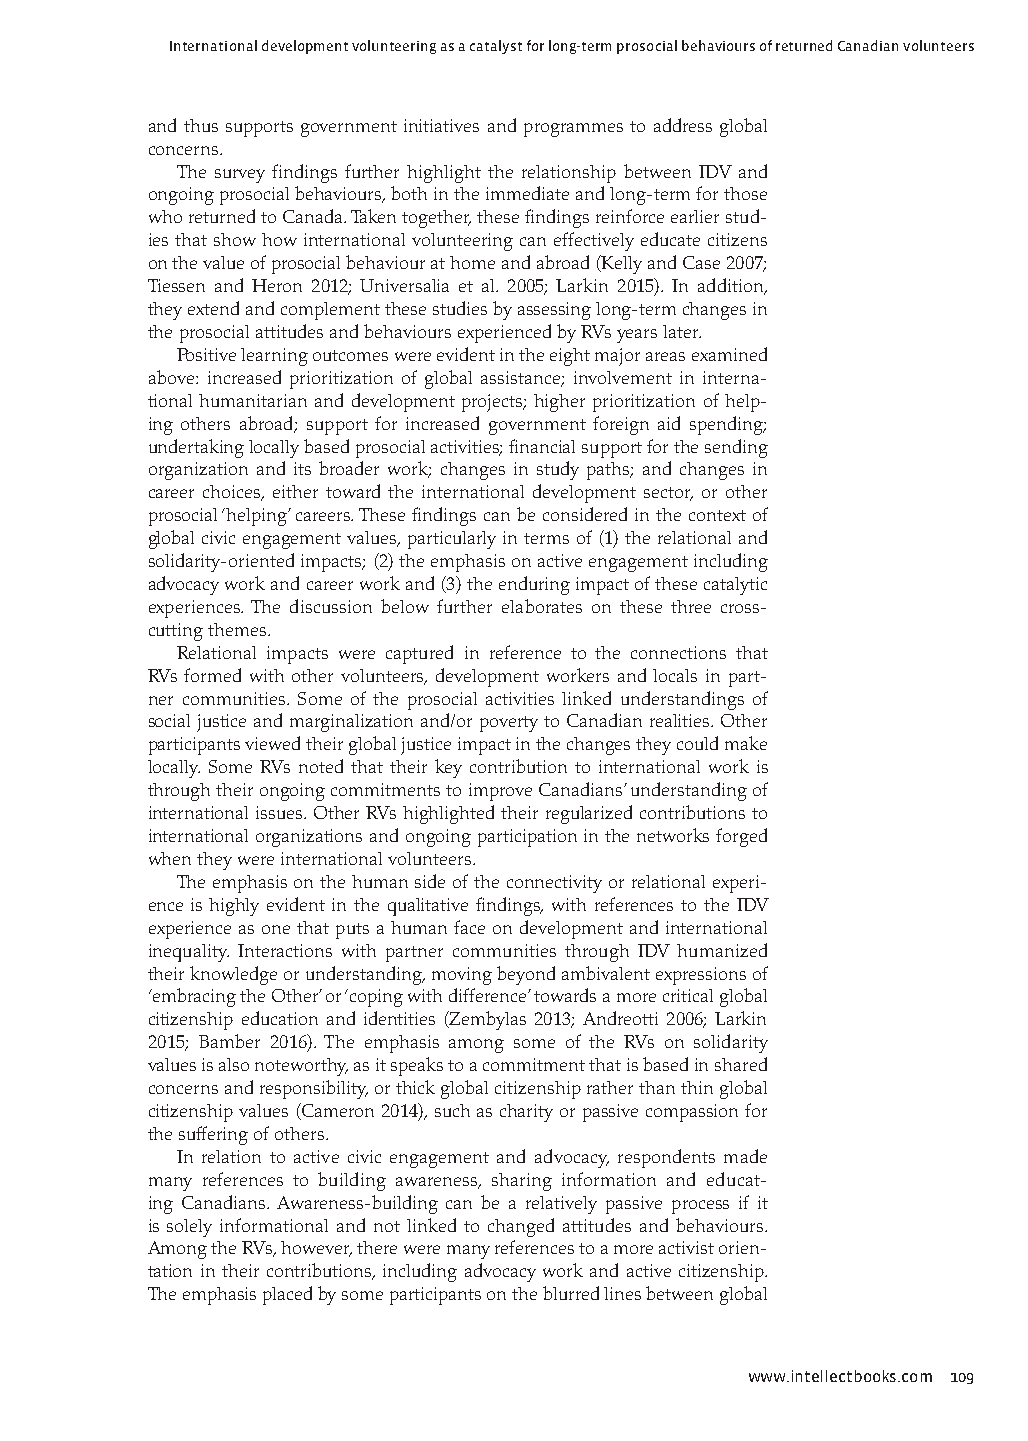
International development volunteering as a catalyst for long-term prosocial behaviours of returned Canadian volunteers
 and thus supports government initiatives and programmes to address global
 concerns.
 The survey findings further highlight the relationship between IDV and
 ongoing prosocial behaviours, both in the immediate and long-term for those
 who returned to Canada. Taken together, these findings reinforce earlier stud-
 ies that show how international volunteering can effectively educate citizens
 on the value of prosocial behaviour at home and abroad (Kelly and Case 2007;
 Tiessen and Heron 2012; Universalia et al. 2005; Larkin 2015). In addition,
 they extend and complement these studies by assessing long-term changes in
 the prosocial attitudes and behaviours experienced by RVs years later.
 Positive learning outcomes were evident in the eight major areas examined
 above: increased prioritization of global assistance; involvement in interna-
 tional humanitarian and development projects; higher prioritization of help-
 ing others abroad; support for increased government foreign aid spending;
 undertaking locally based prosocial activities; financial support for the sending
 organization and its broader work; changes in study paths; and changes in
 career choices, either toward the international development sector, or other
 prosocial ‘helping’ careers. These findings can be considered in the context of
 global civic engagement values, particularly in terms of (1) the relational and
 solidarity-oriented impacts; (2) the emphasis on active engagement including
 advocacy work and career work and (3) the enduring impact of these catalytic
 experiences. The discussion below further elaborates on these three cross-
 cutting themes.
 Relational impacts were captured in reference to the connections that
 RVs formed with other volunteers, development workers and locals in part-
 ner communities. Some of the prosocial activities linked understandings of
 social justice and marginalization and/or poverty to Canadian realities. Other
 participants viewed their global justice impact in the changes they could make
 locally. Some RVs noted that their key contribution to international work is
 through their ongoing commitments to improve Canadians’ understanding of
 international issues. Other RVs highlighted their regularized contributions to
 international organizations and ongoing participation in the networks forged
 when they were international volunteers.
 The emphasis on the human side of the connectivity or relational experi-
 ence is highly evident in the qualitative findings, with references to the IDV
 experience as one that puts a human face on development and international
 inequality. Interactions with partner communities through IDV humanized
 their knowledge or understanding, moving beyond ambivalent expressions of
 ‘embracing the Other’ or ‘coping with difference’ towards a more critical global
 citizenship education and identities (Zembylas 2013; Andreotti 2006; Larkin
 2015; Bamber 2016). The emphasis among some of the RVs on solidarity
 values is also noteworthy, as it speaks to a commitment that is based in shared
 concerns and responsibility, or thick global citizenship rather than thin global
 citizenship values (Cameron 2014), such as charity or passive compassion for
 the suffering of others.
 In relation to active civic engagement and advocacy, respondents made
 many references to building awareness, sharing information and educat-
 ing Canadians. Awareness-building can be a relatively passive process if it
 is solely informational and not linked to changed attitudes and behaviours.
 Among the RVs, however, there were many references to a more activist orien-
 tation in their contributions, including advocacy work and active citizenship.
 The emphasis placed by some participants on the blurred lines between global
 www.intellectbooks.com 109